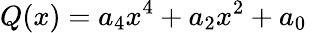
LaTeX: Q(x)=a_{4}x^{4}+a_{2}x^{2}+a_{0}\,